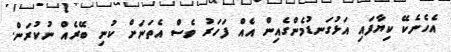
އެހެނެކޭ ކިޔާފައި އަޅުގަނޑުމެންގެއިން އެއް ފަހަރު ވެސް އެތަނަށް ކުނި ބޭރެއް ނުކުރަން.